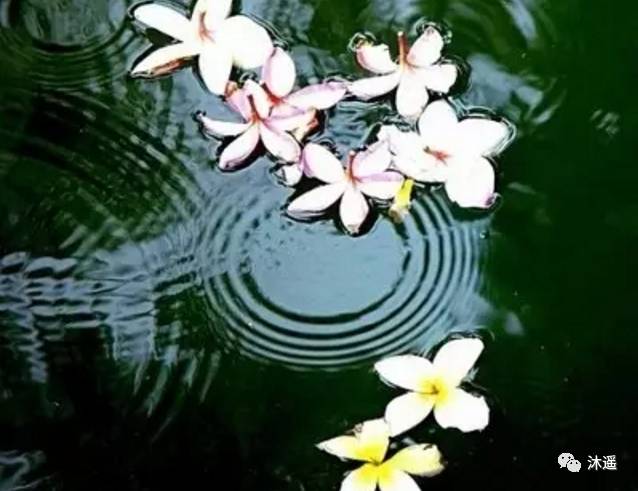
春色将阑，莺声渐老。红英落尽青梅小。